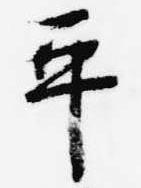
平